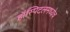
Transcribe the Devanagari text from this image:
हॉस्पिटलमध्येच